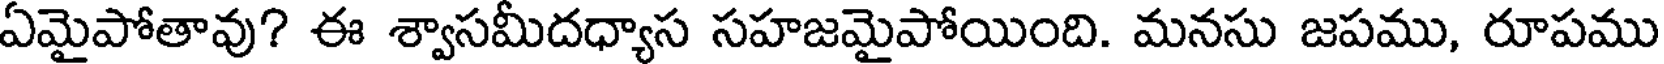
ఏమైపోతావు? ఈ శ్వాసమీదధ్యాస సహజమైపోయింది. మనసు జపము, రూపము